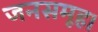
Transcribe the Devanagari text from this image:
जनसमूह।